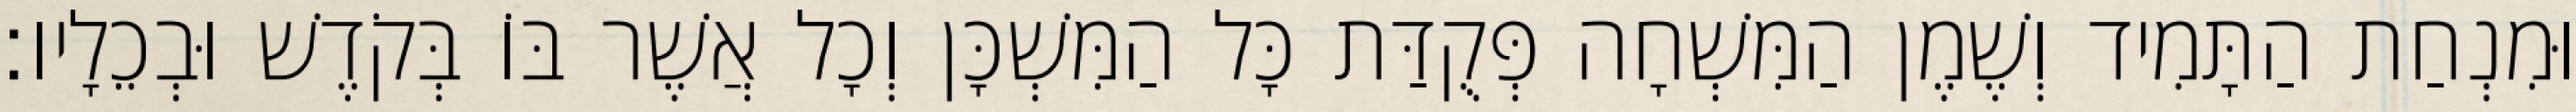
וּמִנְחַת הַתָּמִיד וְשֶׁמֶן הַמִּשְׁחָה פְּקֻדַּת כָּל הַמִּשְׁכָּן וְכָל אֲשֶׁר בּוֹ בְּקֹדֶשׁ וּבְכֵלָיו׃